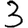
Digit: 3